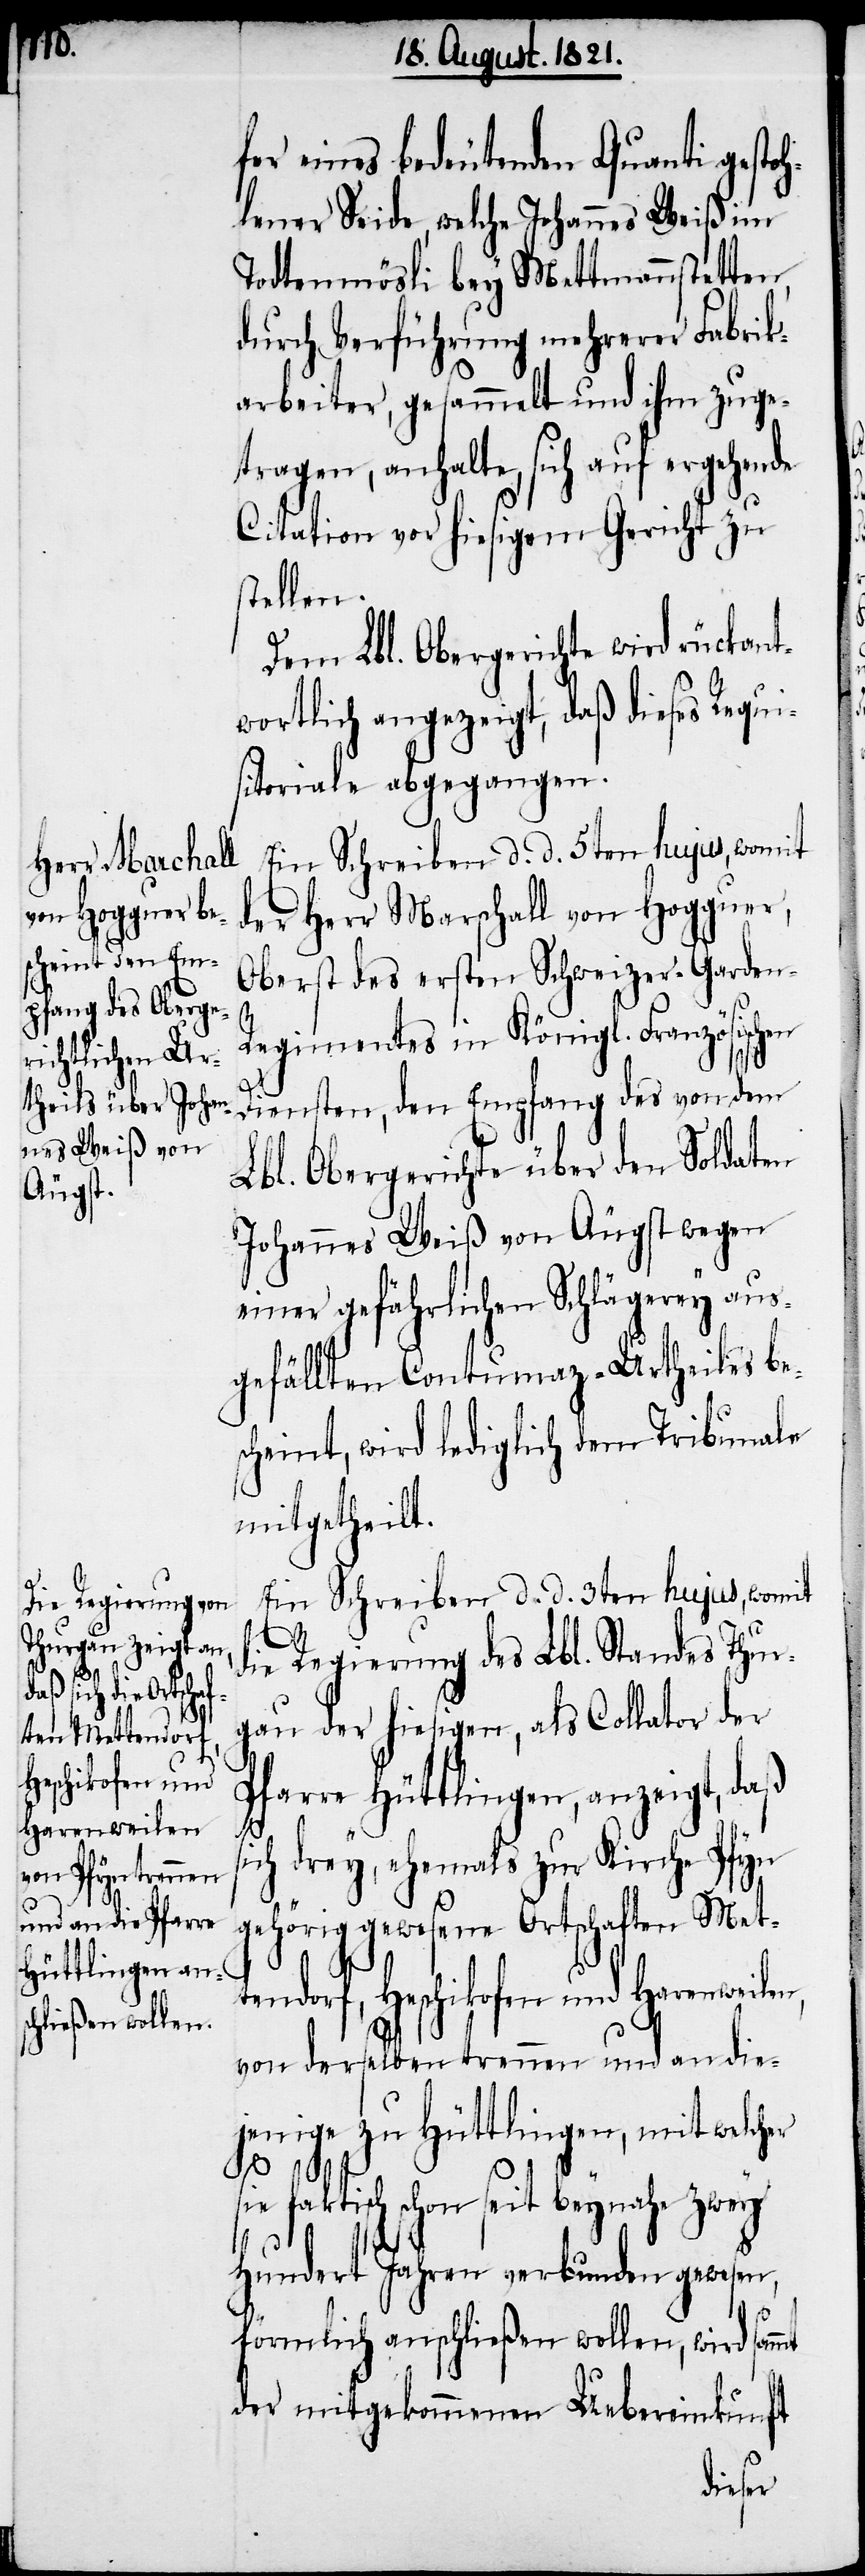
tendorf,
Heschikofen und
Harenweilen,

fer eines bedeutenden Quanti gestoh¬
lener Seide, welche Johannes Weiß im
Todtenmösli bey Mettmannstetten,
durch Verführung mehrerer Fabrik¬
arbeiter, gesammelt und ihm zuge¬
tragen, anhalte, sich auf ergehende
Citation vor hiesigem Gericht zu
stellen.
Dem Lbl. Obergerichte wird rückant¬
wortlich angezeigt, daß dieses Requi¬
sitoriale abgegangen.
Ein Schreiben d. d. 5ten hujus, womit
der Herr Marschall von Hogguer,
Oberst des ersten Schweizer-Garde-R¬
egiments in Königl. Französischen
Diensten, den Empfang des von dem
Lbl. Obergerichte über den Soldaten
Johannes Weiß von Äugst wegen
einer gefährlichen Schlägerey aus¬
gefällten Contumaz-Urtheils be¬
scheint, wird lediglich dem Tribunale
mitgetheilt.
Ein Schreiben d. d. 3ten hujus, womit
die Regierung des Lbl. Standes Thur¬
gau der hiesigen, als Collator der
Pfarre Hüttlingen, anzeigt, daß
s¬
ich drey, ehemals zur Kirche Pfyn
gehörig gewesenen Ortschaften Met¬
von derselben trennen und an die¬
jenige zu Hüttlingen, mit welcher
sie faktisch schon seit beynahe zwey
hundert Jahren verbunden gewesen,
förmlich anschließen wollen, wird sammt
der mitgekommenen Uebereinkunft